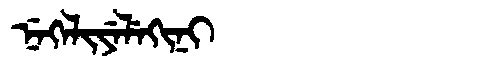
Manchu: ᠨᡝᡴᡝᠯᡳᠶᡝᠯᡝᡴᡳᠨᡳ
Romanization: NEKELIYELEKINI